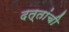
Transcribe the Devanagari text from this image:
दत्तांची